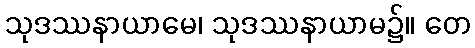
သုဒဿနာယာမေ၊ သုဒဿနာယာမ၌။ တေ